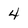
Character: 4